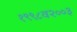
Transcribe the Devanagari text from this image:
१९९८व२००३